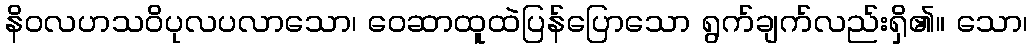
နိဝလဟသဝိပုလပလာသော၊ ဝေဆာထူထဲပြန်ပြောသော ရွက်ချက်လည်းရှိ၏။ သော၊